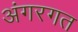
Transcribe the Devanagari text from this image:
अंगरगत